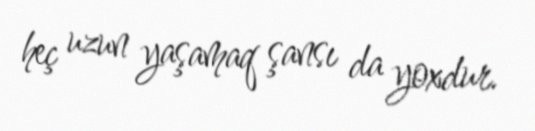
heç uzun yaşamaq şansı da yoxdur.